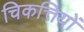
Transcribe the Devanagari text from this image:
चिकत्तियों